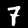
Label: 7